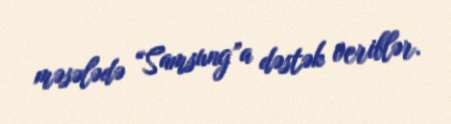
məsələdə “Samsung”a dəstək veriblər.